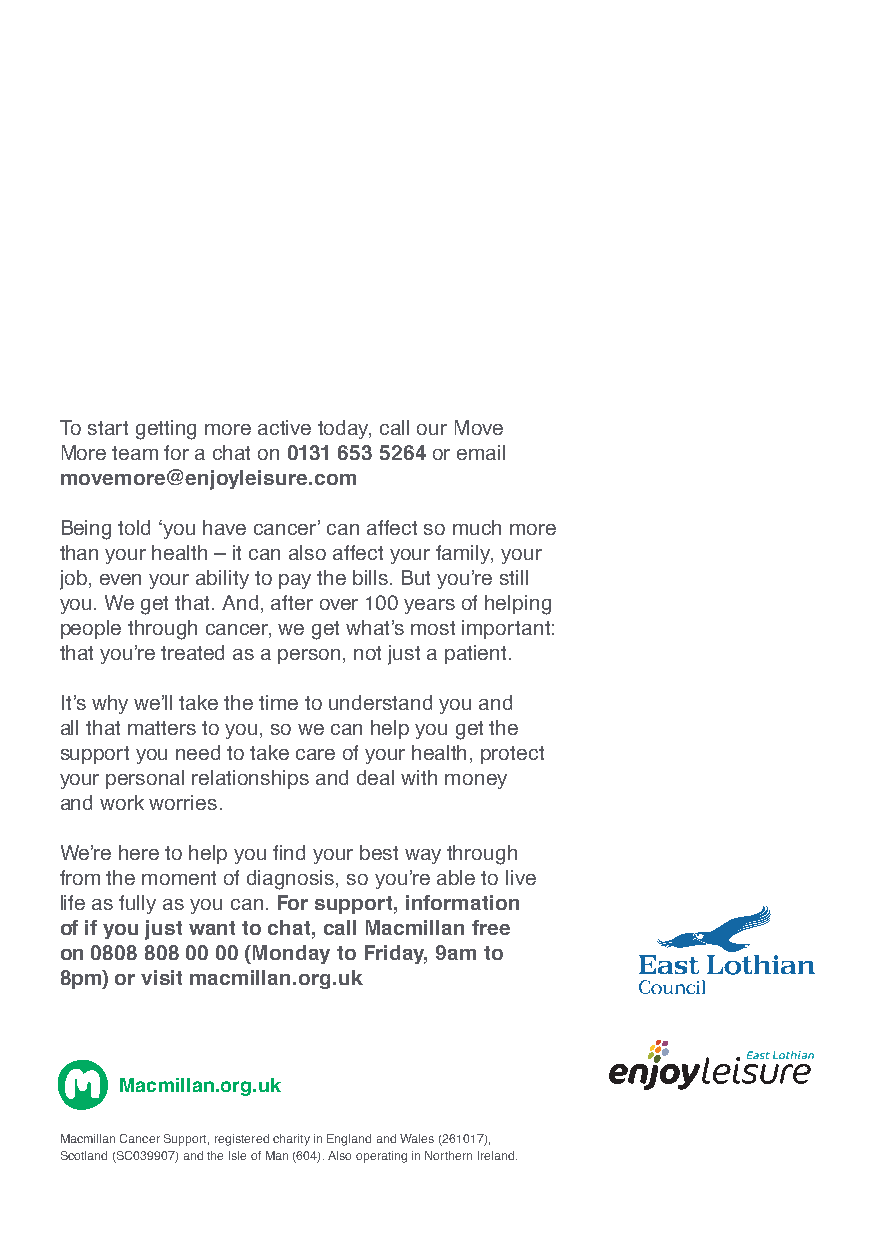
To start getting more active today, call our Move
 More team for a chat on 0131 653 5264 or email
 movemore@enjoyleisure.com
 Being told ‘you have cancer’ can affect so much more
 than your health – it can also affect your family, your
 job, even your ability to pay the bills. But you’re still
 you. We get that. And, after over 100 years of helping
 people through cancer, we get what’s most important:
 that you’re treated as a person, not just a patient.
 It’s why we’ll take the time to understand you and
 all that matters to you, so we can help you get the
 support you need to take care of your health, protect
 your personal relationships and deal with money
 and work worries.
 We’re here to help you fi nd your best way through
 from the moment of diagnosis, so you’re able to live
 life as fully as you can. For support, information
 of if you just want to chat, call Macmillan free
 on 0808 808 00 00 (Monday to Friday, 9am to
 8pm) or visit macmillan.org.uk
 Macmillan.org.uk
 Macmillan Cancer Support, registered charity in England and Wales (261017),
 Scotland (SC039907) and the Isle of Man (604). Also operating in Northern Ireland.
 MM_East Lothian A5 4pp v2.indd 1                 19/06/2019 00:48